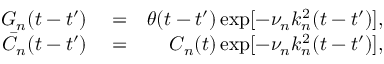
\begin{array} { r l r } { G _ { n } ( t - t ^ { \prime } ) } & { { } = } & { \theta ( t - t ^ { \prime } ) \exp [ - \nu _ { n } k _ { n } ^ { 2 } ( t - t ^ { \prime } ) ] , } \\ { \bar { C } _ { n } ( t - t ^ { \prime } ) } & { { } = } & { C _ { n } ( t ) \exp [ - \nu _ { n } k _ { n } ^ { 2 } ( t - t ^ { \prime } ) ] , } \end{array}